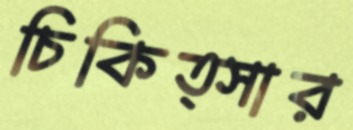
চিকিত্সার